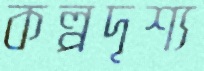
কল্পদৃশ্য